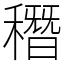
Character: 䅾